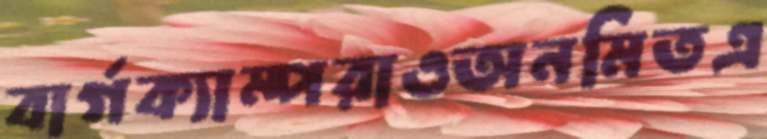
বার্গক্যাম্পরাওঅনমিতএ